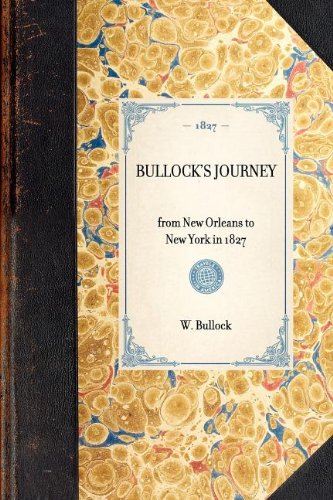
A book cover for Bullock's Journey: from New Orleans to New York in 1827 (Travel in America); W. Bullock; Travel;